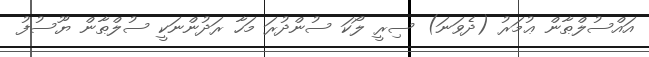
އައްސުލްޠާން ޢުމަރު (ދެވަނަ) ސިރީ ލޯކަ ސުންދުރަ މަހާ ރަދުންނަކީ ސުލްޠާން ޔޫސުފު